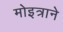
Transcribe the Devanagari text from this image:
मोइत्राने